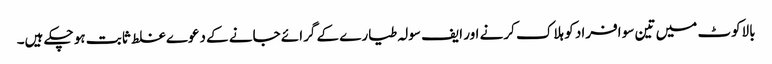
بالاکوٹ میں تین سو افراد کو ہلاک کرنے اور ایف سولہ طیارے کے گرائے جانے کے دعوے غلط ثابت ہو چکے ہیں۔